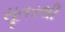
સૂતરથી